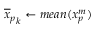
{ \overline { { x } } _ { p } } _ { k } \gets m e a n ( x _ { p } ^ { m } )